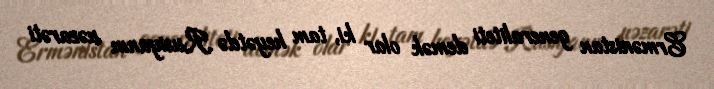
Ermənistan generaliteti demək olar ki, tam heyətdə Rusiyanın nəzarəti